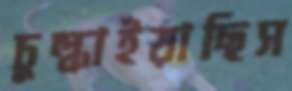
চুল্‌কাইয়াছিস